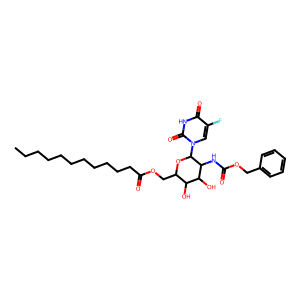
SMILES: CCCCCCCCCCCC(=O)OCC1OC(n2cc(F)c(=O)[nH]c2=O)C(NC(=O)OCc2ccccc2)C(O)C1O
Inhibits HIV replication: No